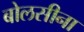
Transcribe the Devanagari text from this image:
बोलसीना